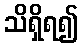
သိရှိရ၍